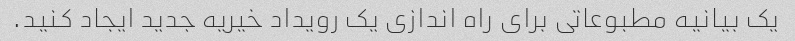
یک بیانیه مطبوعاتی برای راه اندازی یک رویداد خیریه جدید ایجاد کنید.